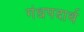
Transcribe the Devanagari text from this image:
गंधपदार्थ